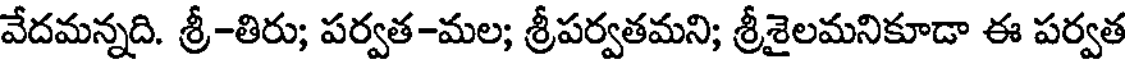
వేదమన్నది. శ్రీ-తిరు; పర్వత-మల; శ్రీపర్వతమని; శ్రీశైలమనికూడా ఈ పర్వత